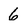
Character: 6